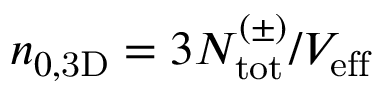
n _ { 0 , \mathrm { { 3 D } } } = 3 N _ { \mathrm { { t o t } } } ^ { ( \pm ) } / V _ { \mathrm { { e f f } } }